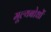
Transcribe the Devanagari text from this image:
मूल्यबोधों